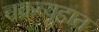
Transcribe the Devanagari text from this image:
चक्रव्युहात